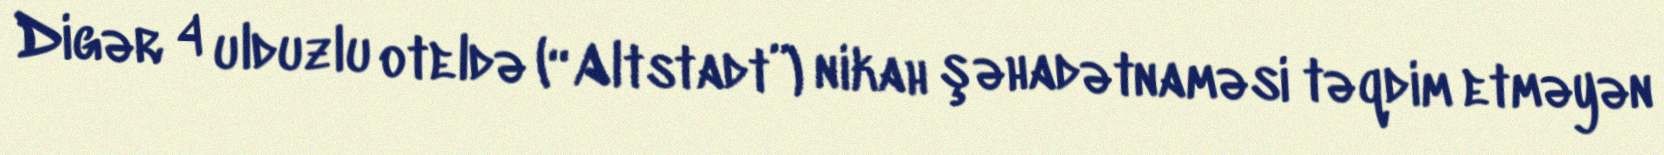
Digər 4 ulduzlu oteldə (“Altstadt”) nikah şəhadətnaməsi təqdim etməyən